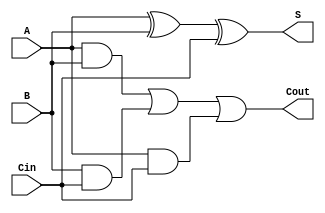
module adder(A, B, Cin, S, Cout);
  input A, B, Cin;
  output S, Cout;

// -------- insert your code here ------------
  assign S = A ^ B ^ Cin;
  assign Cout = A & B | B & Cin | A & Cin; 

// -------------------------------------------

endmodule